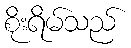
စိုးရိမ်သည်